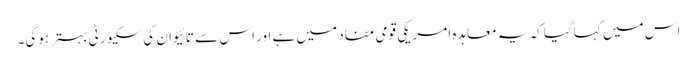
اس میں کہا گیا کہ یہ معاہدہ امریکی قومی مفاد میں ہے اور اس سے تائیوان کی سکیورٹی بہتر ہوگی۔